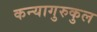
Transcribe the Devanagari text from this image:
कन्यागुरुकुल